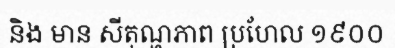
និង មាន សីតុណ្ហភាព ប្រហែល ១៩០០